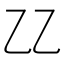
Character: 𠃐